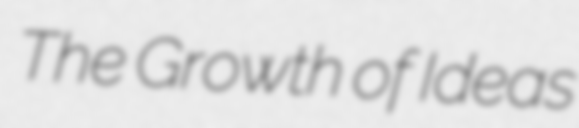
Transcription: The Growth of Ideas